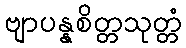
ဗျာပန္နစိတ္တသုတ္တံ